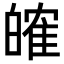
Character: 㿥